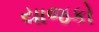
યાજકો